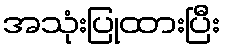
အသုံးပြုထားပြီး